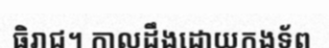
ធិរាជ។ កាលដឹងដោយកងទ័ព